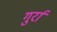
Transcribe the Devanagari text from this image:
गुर्रा